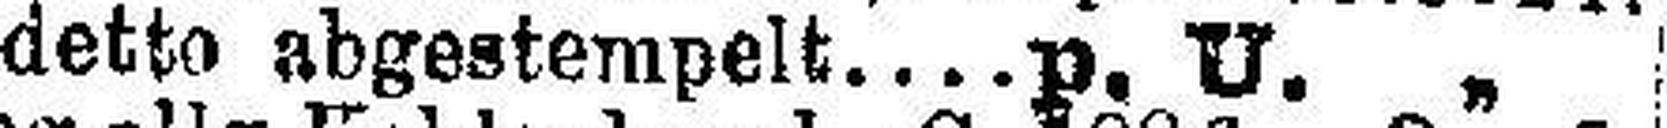
detto abgestempelt p. U. „